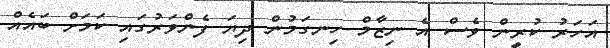
އަހަރު ކުރީން ވެސް އެ ނިޒާމް ހިނގަމުން ދިޔަ ފެންވަރުގައި ކަމަށް ބައެއް